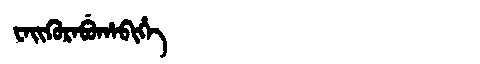
Manchu: ᠸᠠᡳᡴᡠᡵᠠᠪᡠᡥᠠᠪᡳᡥᡝ
Romanization: WAIKURABUHABIHE